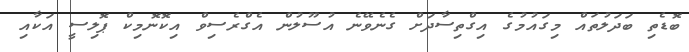
ބޮޑެތި ބަދަލުތައް މިގައުމުގެ އިގްތިސާދަށް ގެނެވޭނެ އުސޫލުން އެގްރެސިވް އިކޮނޮމިކް ޕޮލިސީ އަކާއި